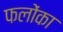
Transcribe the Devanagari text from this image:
फलोंका